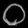
Digit: ၀